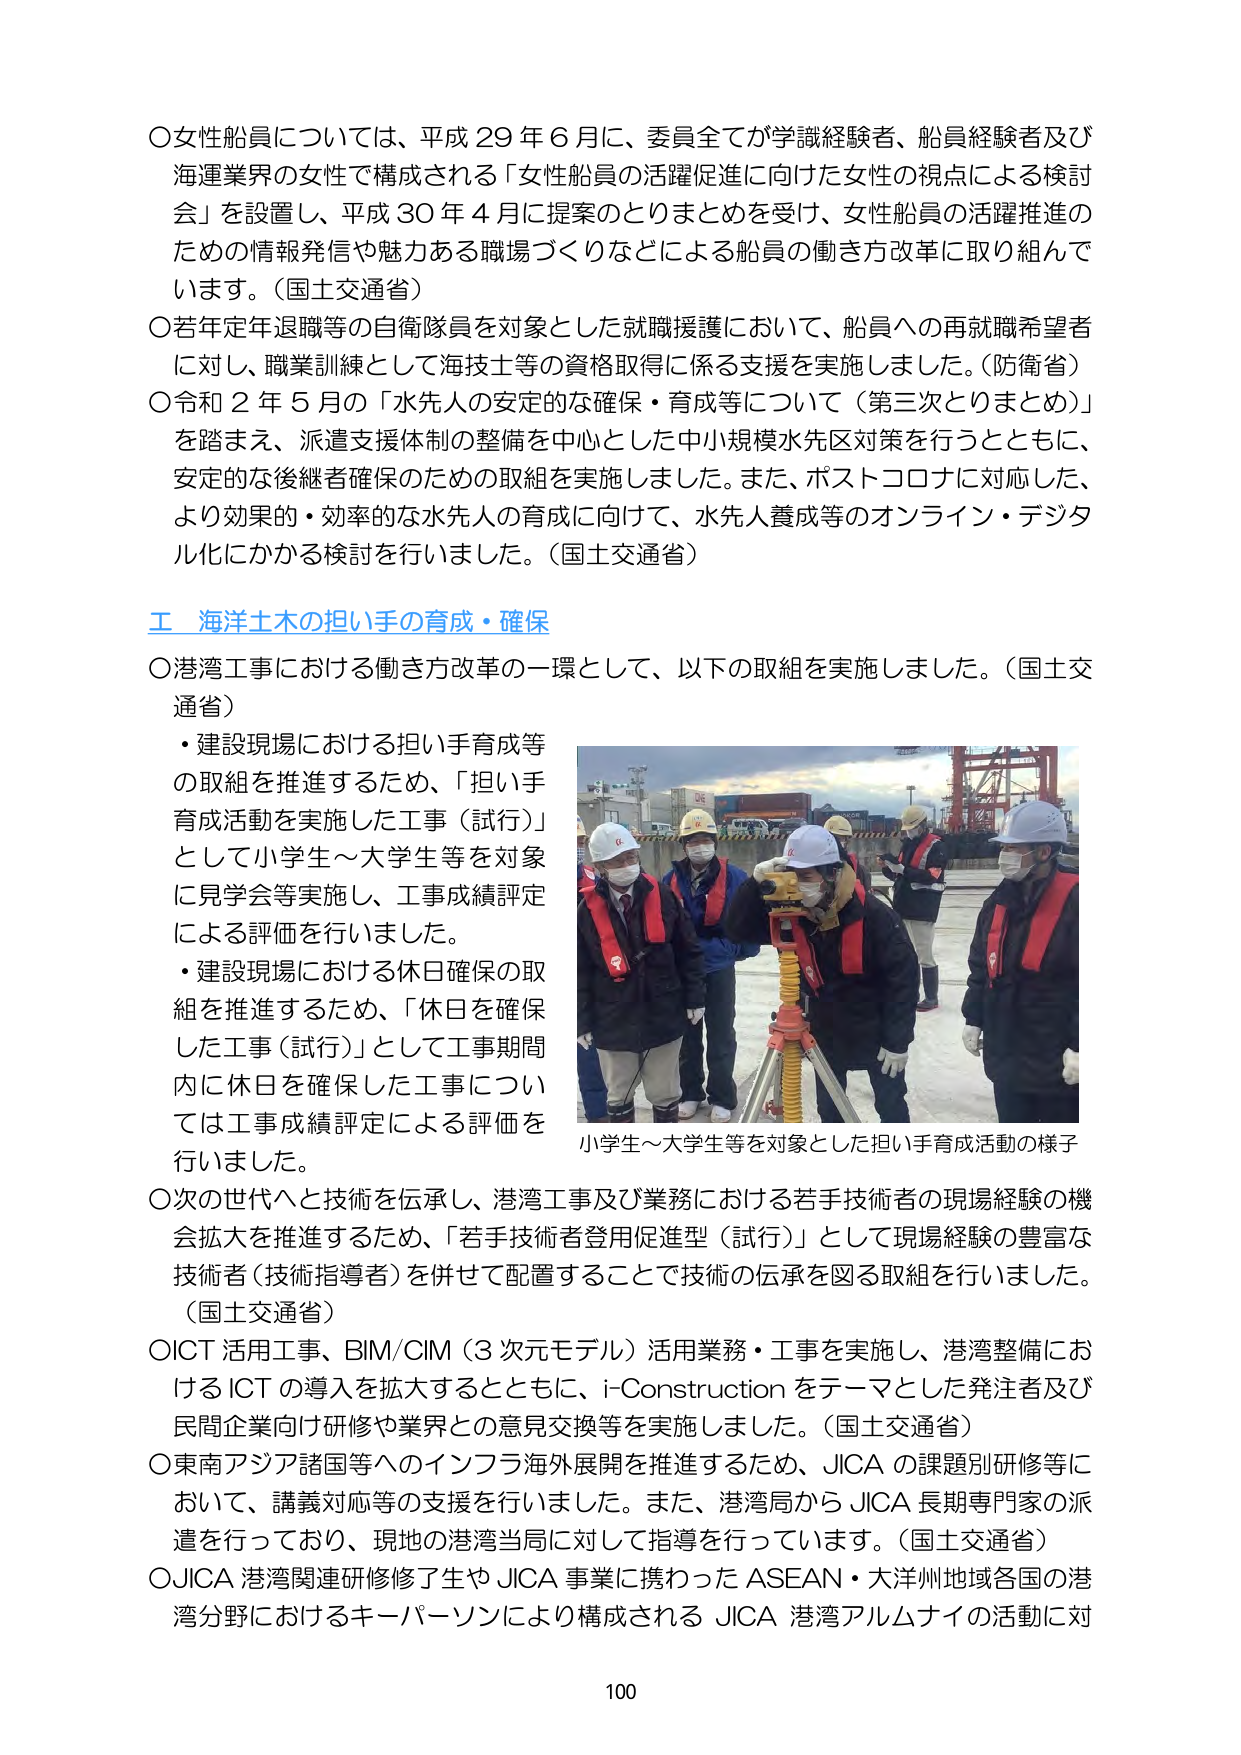
〇女性船員については、平成29年6月に、委員全てが学識経験者、船員経験者及び海運業界の女性で構成される「女性船員の活躍促進に向けた女性の視点による検討会」を設置し、平成30年4月に提案のとりまとめを受け、女性船員の活躍推進のための情報発信や魅力ある職場づくりなどによる船員の働き方改革に取り組んでいます。（国土交通省）

〇若年定年退職等の自衛隊員を対象とした就職援護において、船員への再就職希望者に対し、職業訓練として海技士等の資格取得に係る支援を実施しました。（防衛省）

〇令和2年5月の「水先人の安定的な確保・育成等について（第三次とりまとめ）」を踏まえ、派遣支援体制の整備を中心とした中小規模水先区対策を行うとともに、安定的な後継者確保のための取組を実施しました。また、ポストコロナに対応した、より効果的・効率的な水先人の育成に向けて、水先人養成等のオンライン・デジタル化にかかる検討を行いました。（国土交通省）

工 海洋土木の担い手の育成・確保

〇港湾工事における働き方改革の一環として、以下の取組を実施しました。（国土交通省）

・建設現場における担い手育成等の取組を推進するため、「担い手育成活動を実施した工事（試行）」として小学生～大学生等を対象に見学会等実施し、工事成績評定による評価を行いました。

・建設現場における休日確保の取組を推進するため、「休日を確保した工事（試行）」として工事期間内に休日を確保した工事については工事成績評定による評価を行いました。

〇次の世代へと技術を伝承し、港湾工事及び業務における若手技術者の現場経験の機会拡大を推進するため、「若手技術者登用促進型（試行）」として現場経験の豊富な技術者（技術指導者）を併せて配置することで技術の伝承を図る取組を行いました。（国土交通省）

〇ICT活用工事、BIM/CIM（3次元モデル）活用業務・工事を実施し、港湾整備におけるICTの導入を拡大するとともに、i-Constructionをテーマとした発注者及び民間企業向け研修や業界との意見交換等を実施しました。（国土交通省）

〇東南アジア諸国等へのインフラ海外展開を推進するため、JICAの課題別研修等において、講義対応等の支援を行いました。また、港湾局からJICA長期専門家の派遣を行っており、現地の港湾当局に対して指導を行っています。（国土交通省）

〇JICA港湾関連研修修了生やJICA事業に携わったASEAN・大洋州地域各国の港湾分野におけるキーパーソンにより構成されるJICA港湾アルムナイの活動に対

小学生～大学生等を対象とした担い手育成活動の様子

100